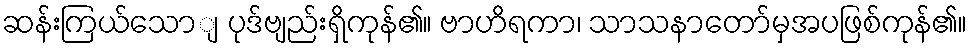
ဆန်းကြယ်သောျ ပုဒ်ဗျည်းရှိကုန်၏။ ဗာဟိရကာ၊ သာသနာတော်မှအပဖြစ်ကုန်၏။